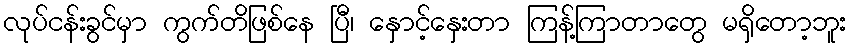
လုပ်ငန်းခွင်မှာ ကွက်တိဖြစ်နေ ပြီ၊ နှောင့်နှေးတာ ကြန့်ကြာတာတွေ မရှိတော့ဘူး